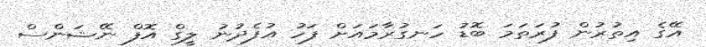
އޭގެ އިތުރުން ފުރަތަމަ ބޮޑު ހަނގުރާމައަށް ފަހު އުފެދުނު ލީގް އޮފް ނޭޝަންސް